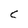
Character: C